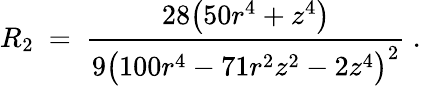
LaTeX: R_{2}\ =\ \frac{28\big(50r^{4}+z^{4}\big)}{9\big(100r^{4}-71r^{2}z^{2}-2z^{4}\big)^{2}}~.